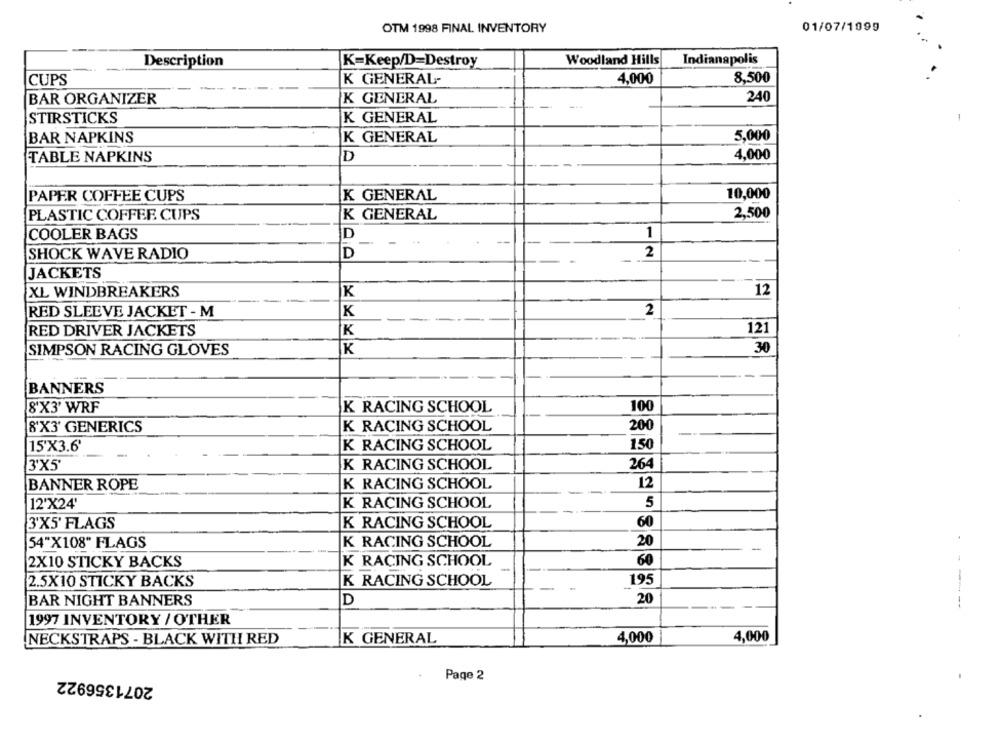
OTM 1998 FINAL INVENTORY
01/07/1099
Description
K=Keep/D=Destroy
Woodland Hills
Indianapolis
CUPS
K GENERAL-
4,000
8,500
BAR ORGANIZER
K GENERAL
240
STIRSTICKS
K GENERAL
BAR NAPKINS
K GENERAL
5,000
4,000
TABLE NAPKINS
D
10,000
PAPER COFFEE CUPS
K GENERAL
PLASTIC COFFEE CUPS
2,500
K GENERAL
COOLER BAGS
D
1
2
SHOCK WAVE RADIO
D
JACKETS
XL WINDBREAKERS
K
12
K
2
RED SLEEVE JACKET - M
RED DRIVER JACKETS
K
121
30
SIMPSON RACING GLOVES
K
BANNERS
8'X3' WRF
K RACING SCHOOL
100
8'X3' GENERICS
K RACING SCHOOL
200
K RACING SCHOOL
150
15'X3.6'
3'X5'
K RACING SCHOOL
264
12
BANNER ROPE
K RACING SCHOOL
12'X24'
K RACING SCHOOL
5
3'X5' FLAGS
K RACING SCHOOL
60
20
54"X108" FLAGS
K RACING SCHOOL
-
2X10 STICKY BACKS
K RACING SCHOOL
60
2.5X10 STICKY BACKS
K RACING SCHOOL
195
BAR NIGHT BANNERS
D
20
-- ---
1997 INVENTORY / OTHER
4,000
4,000
NECKSTRAPS - BLACK WITH RED
IK GENERAL
2071356922
Page 2